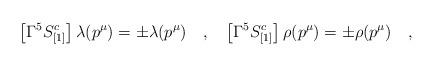
LaTeX: \begin{align*}\left [\Gamma^5 S^c_{[1]}\right ] \lambda (p^\mu) =\pm \lambda (p^\mu)\quad,\quad\left [\Gamma^5 S^c_{[1]}\right ] \rho (p^\mu) =\pm \rho (p^\mu)\quad,\end{align*}